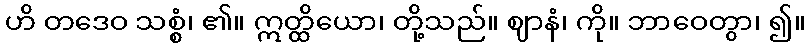
ဟိ တဒေဝ သစ္စံ၊ ၏။ ဣတ္ထိယော၊ တို့သည်။ ဈာနံ၊ ကို။ ဘာဝေတွာ၊ ၍။